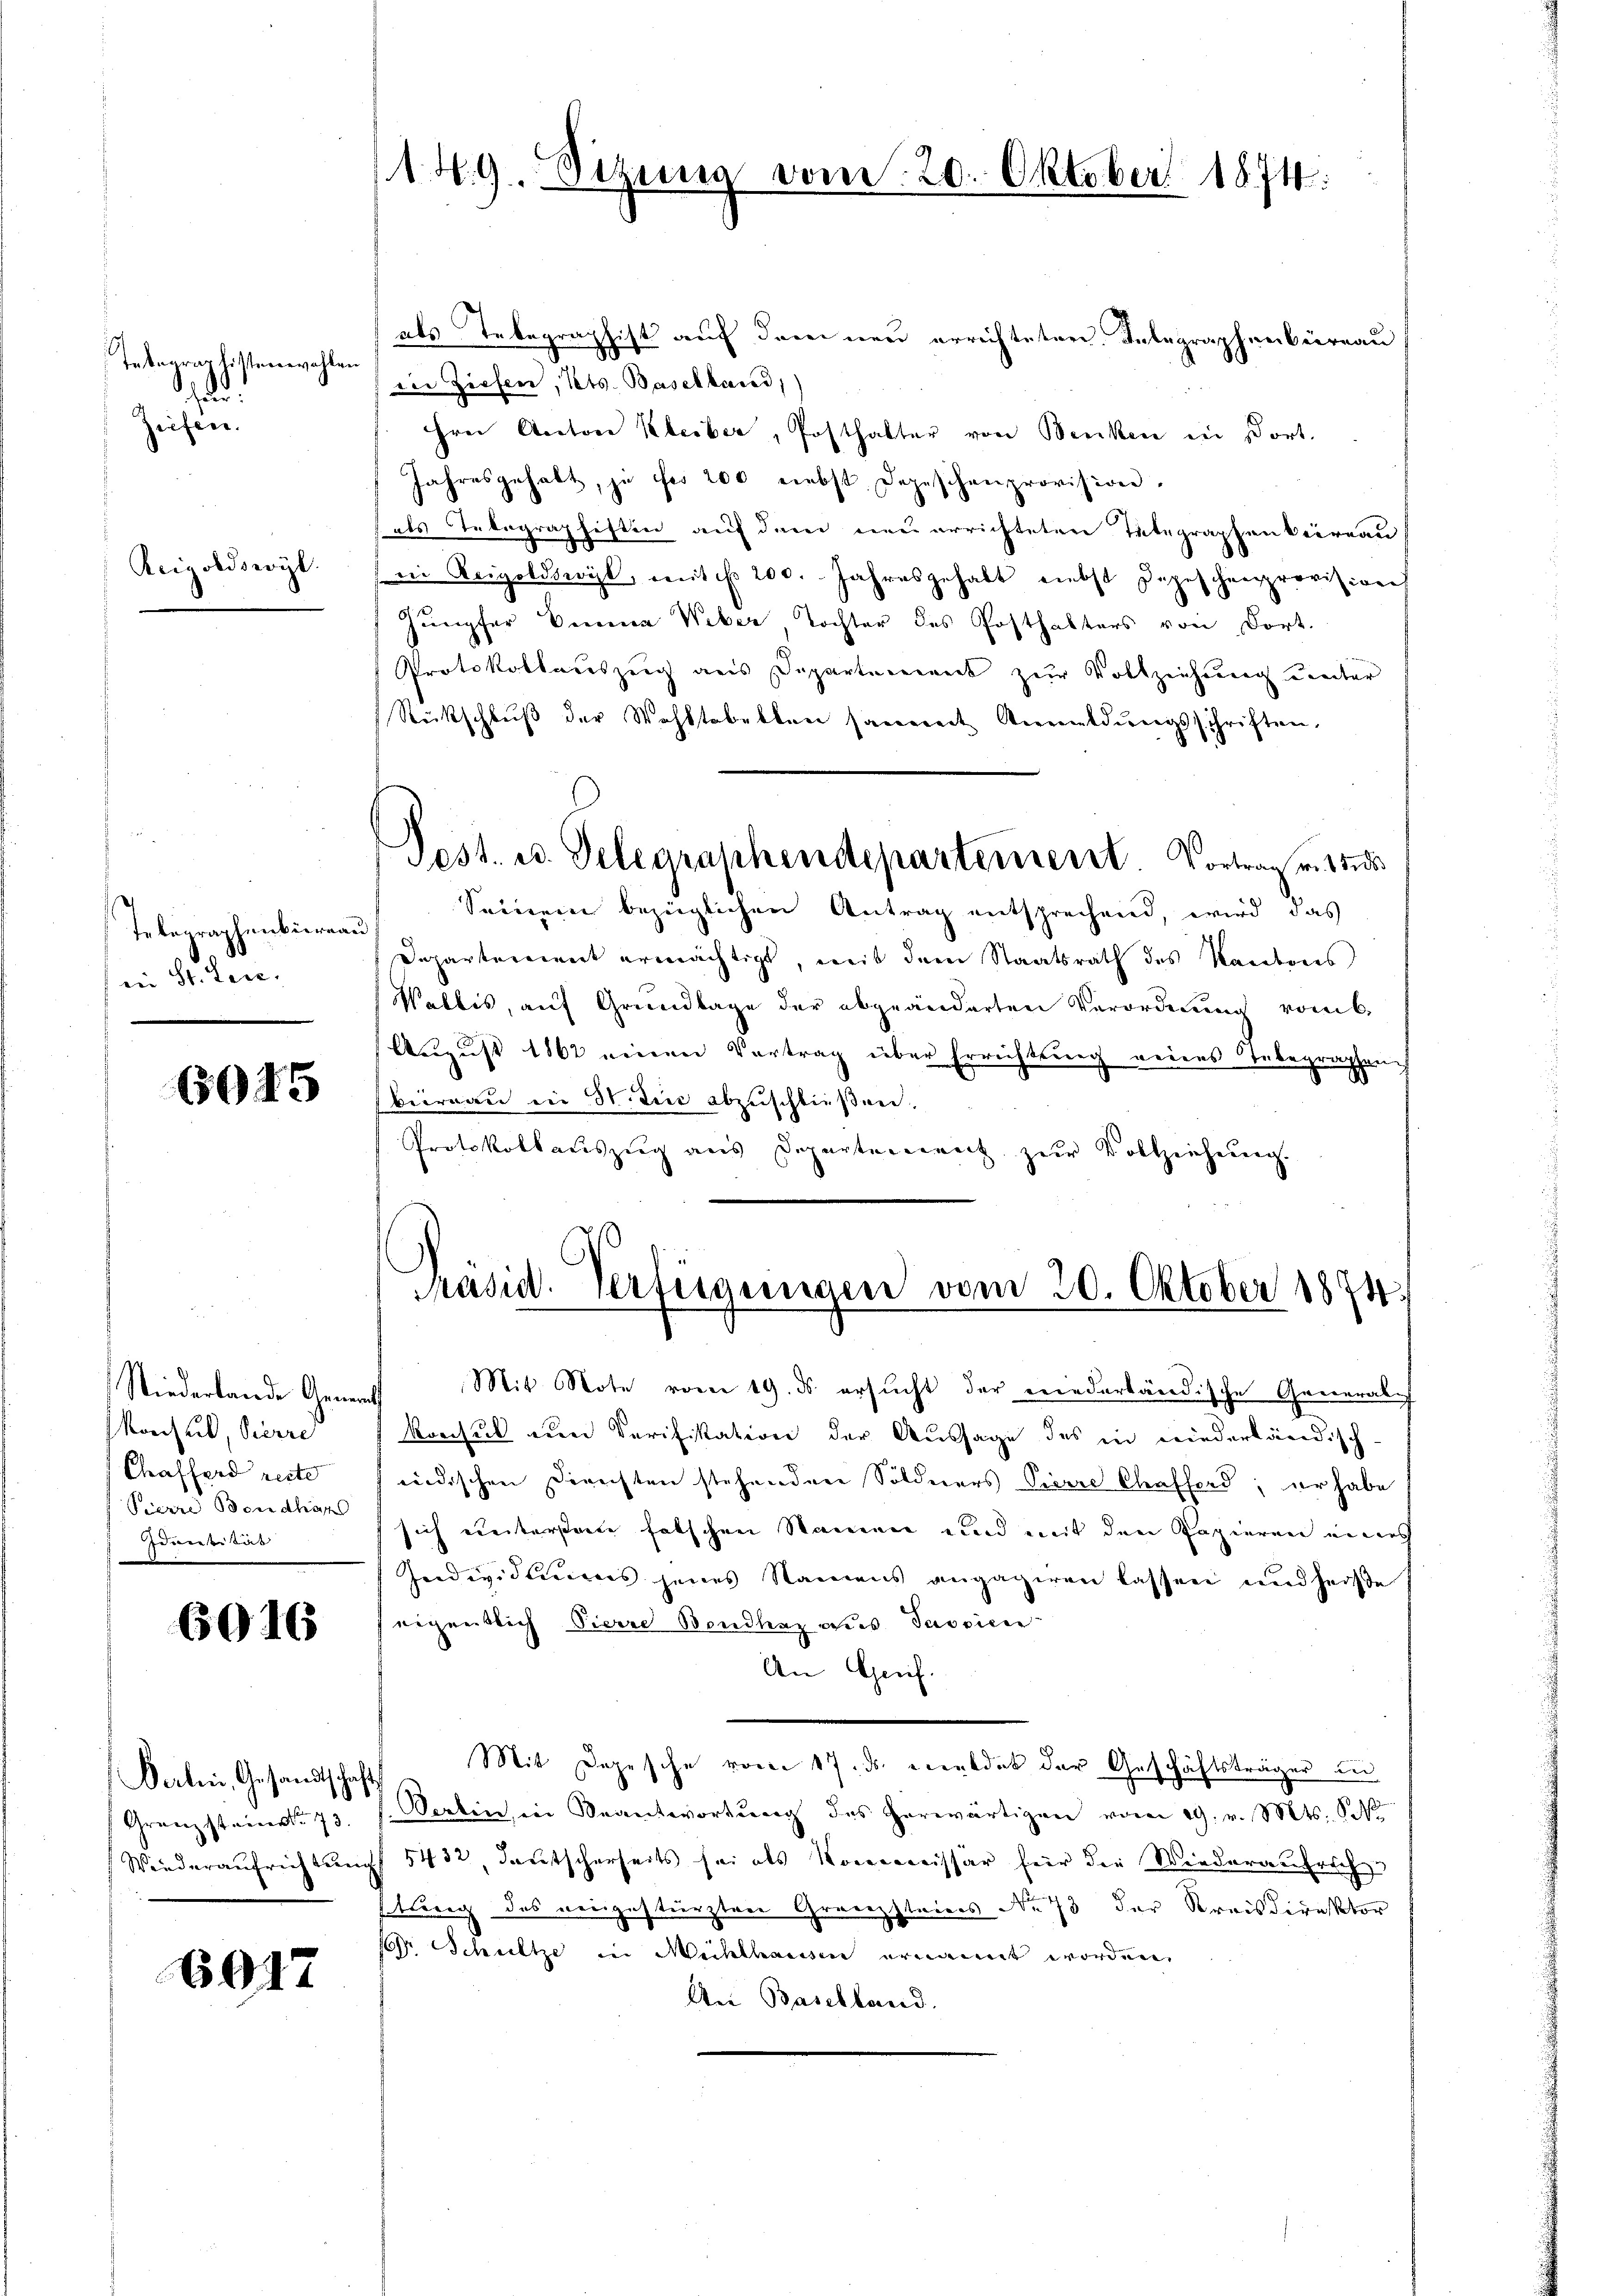
Takographistenwahlen
2
Ziefen.

Acigoldsergl.

Telegraphenbüreau
in Seiten.

6915

Konsul, Vierre
Chaffend reite
Pierre Bendhöhe
Ident das

6916

Verlen, Gesandtschaft.
Grenzsteinst g

6017

149. Sitzung vom 20. Oktober 1874.

als Telegraphist auf dren neu errechteten Integraphenbüreau
Die Ziefer, Pets. Basellard,)
Hrn. Anton Kleiber, Posthalter von Benken in dort.
Jahresgehalt, je fr 200 nebst. Depeschenprovision.
als Telegraphistin auf dem neu errichteten Integraphenbeireau
 ein Reigoldserit, mit No. 200. Jahresgehabt nebst Depeschenprovision
Jungfer Sina Weber Tochter des Posthalters von dort.
Protokollauszug aus Departement zur Vollziehung unter
Rückschluß der Wohltobelten samment Anmeldŭngsschriften,
Pest. u. Gelegraphendepartement. Vortrag ritte
Seinem bezüglichen Antrag entsprechend, wird das
Departement ermächtigt, mit dem Staatsrath des Kantons
Wallis, auf Grundlage der abgeänderten Verordnung vom 6.
August 1862 einen Vortrag über Errichtung neues Inbegraphench
bernau in 31. Die abzuschließen.
Protokollauszug aus Departement zur Vollziehung.

Präsid. Verfügungen vom 20. Oktober 1874.

Niederlande Generst Mit Note vom 19. ds ersucht der niederländische Generalch
Konsul am Verifikation der Aussage des in niederländisch-
nidischen Diensten stehenden Söldners Pierre Chrafford; er habe
sich weiterstante falschen Namen und mit den Kapieren eines
Individuums jenes Namens angagiren lassen und heiße
eigentlich Pierre Bondhaz aus Passien
An Greif.
Mit Depesche vom 17. ds. erendet der Geschäftsträger zu
Pertin, in Beantwortŭng des herwärtigen vom 19. v. Mts. S. 3
Wiederaŭfrichtŭng 5432, deutscherseits sei als Kommissär für die Wiederaufrich
tlang des neugestürzten Granzsteins Nr 73 der Kreisdirektor
Pr. Schultze in Mühlhausen ernannt worden.
An Baselland.